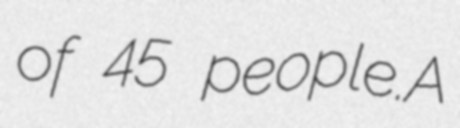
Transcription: of 45 people.A